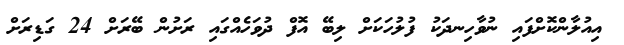
އިއުލާންކޮށްފައި ނުވާހިނދަކު ފުލުހަކަށް ލިބޭ އޮފް ދުވަހެއްގައި ރަށުން ބޭރަށް 24 ގަޑިރަށް